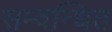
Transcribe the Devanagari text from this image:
सम्वन्धित